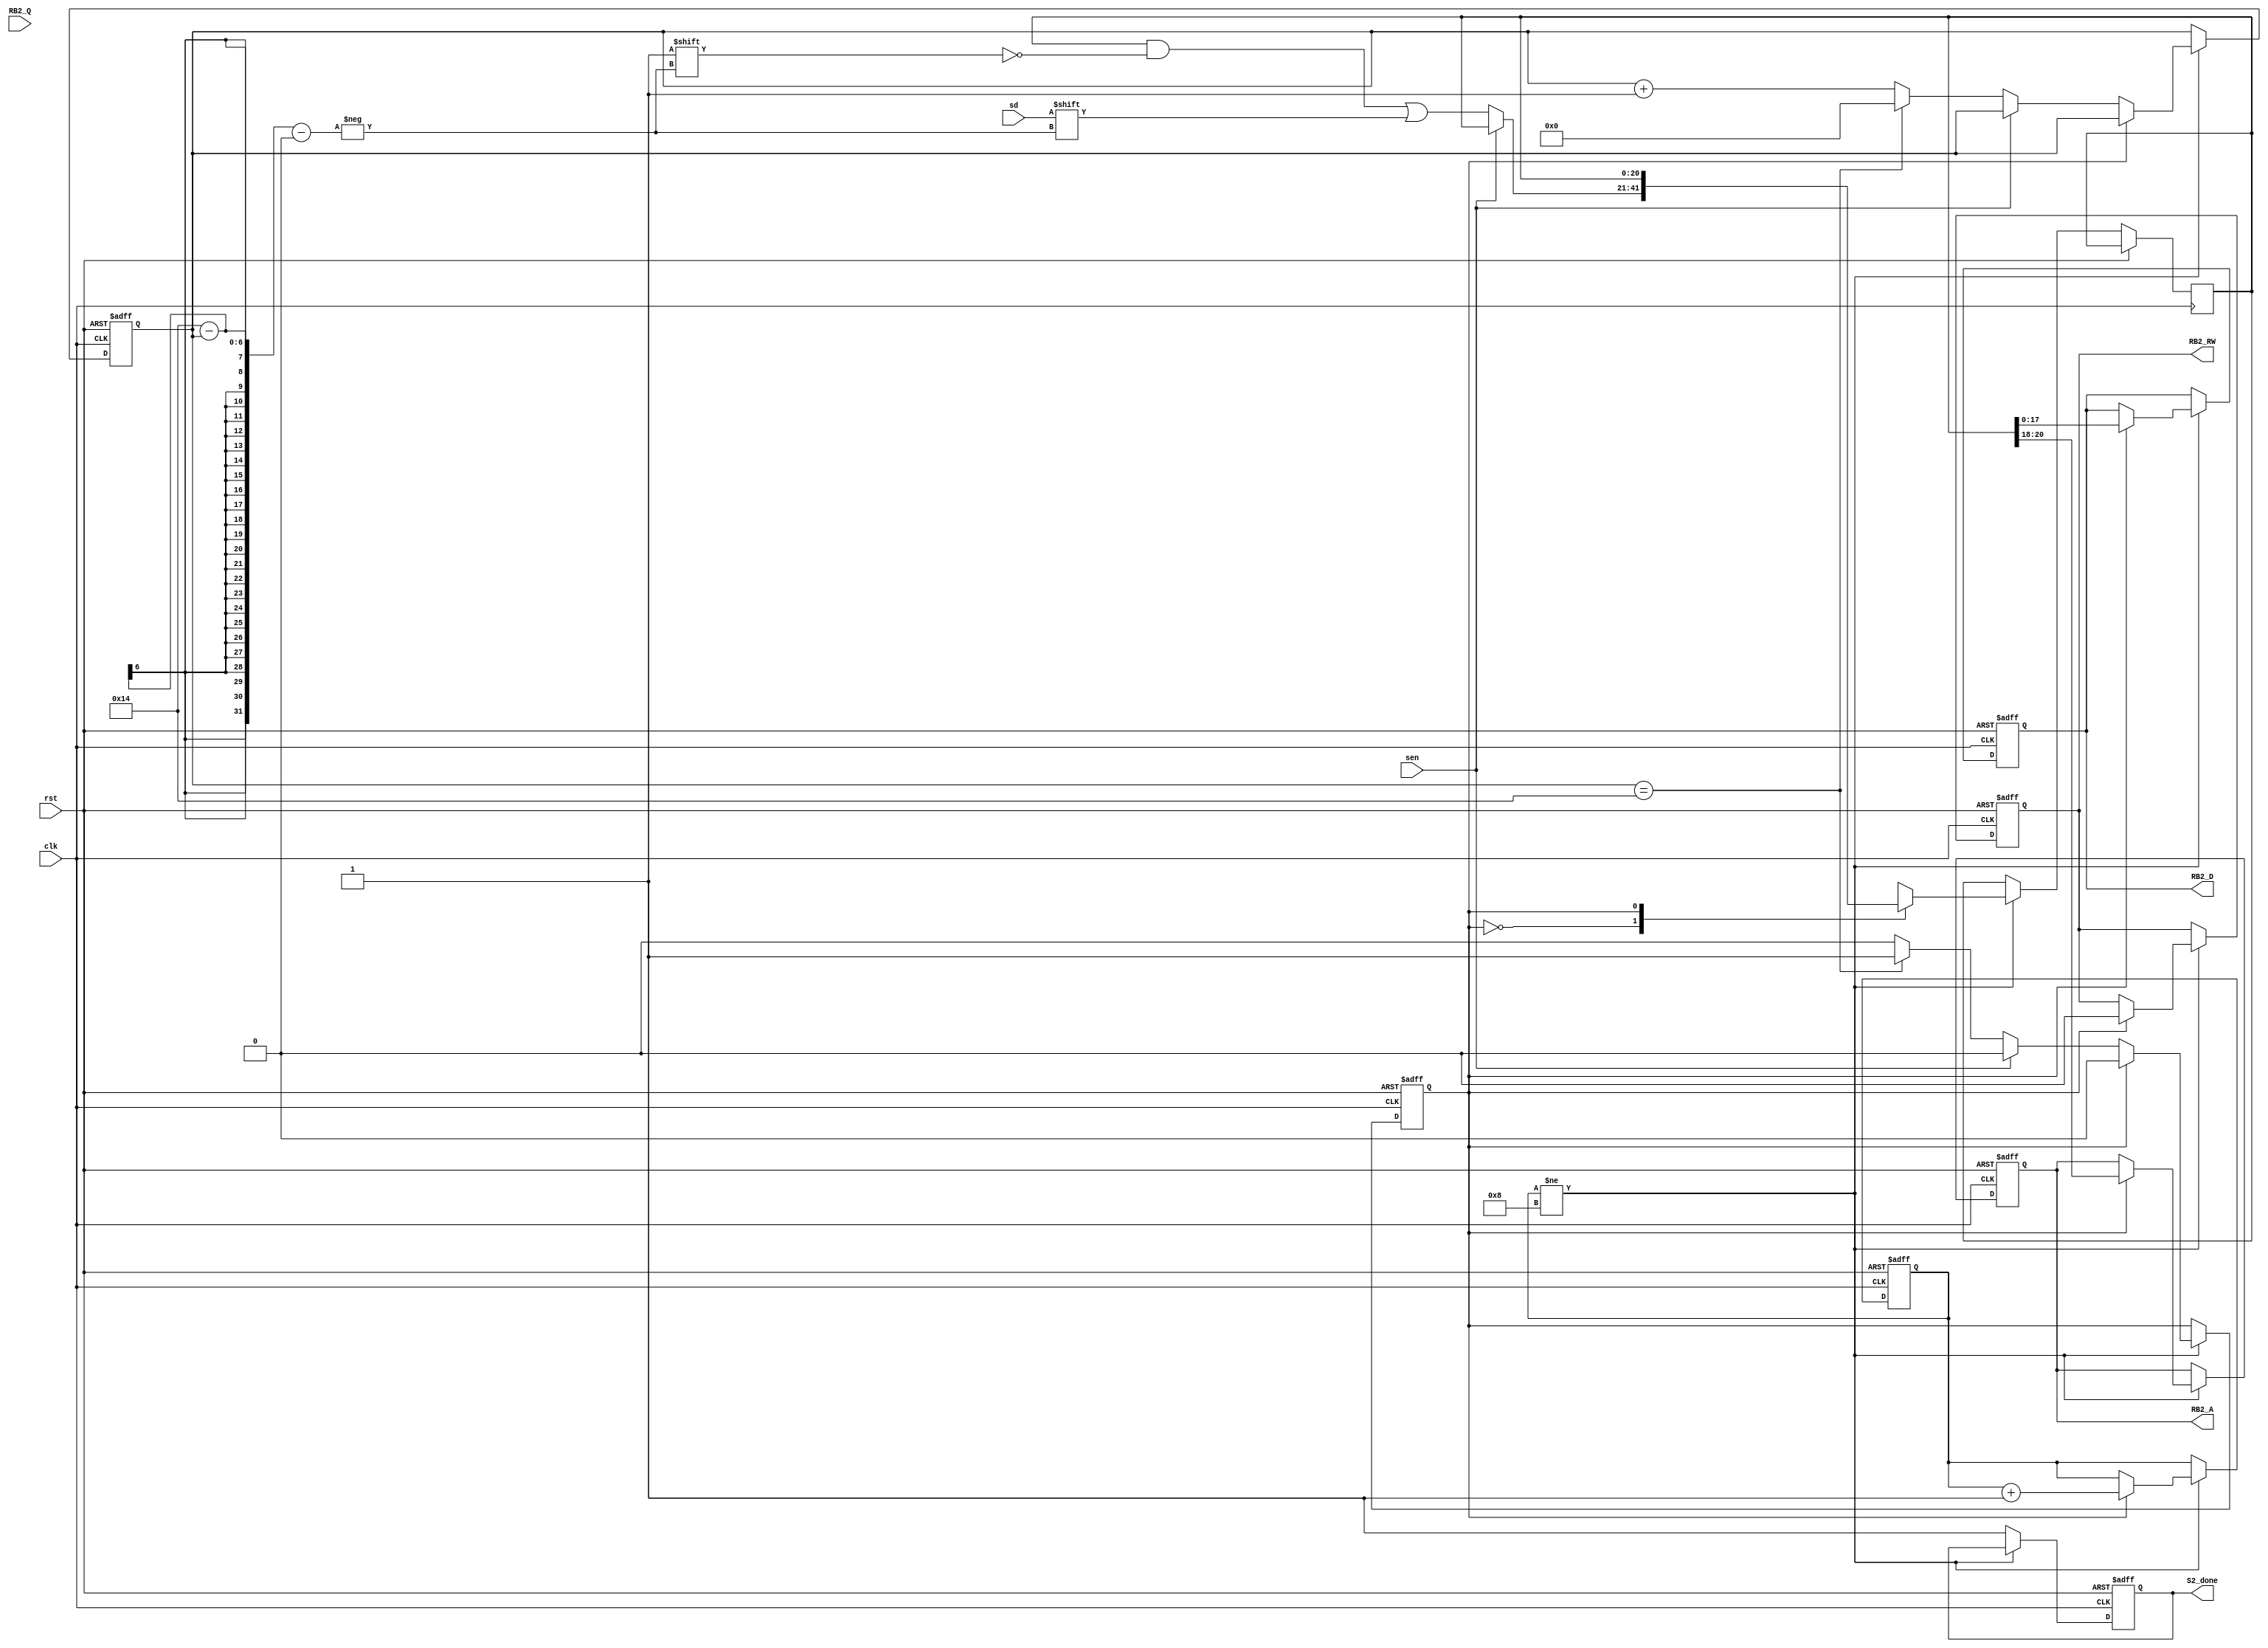
module S2(clk,
	  rst,
	  S2_done,
	  RB2_RW,
	  RB2_A,
	  RB2_D,
	  RB2_Q,
	  sen,
	  sd);

input clk, rst;
output reg S2_done, RB2_RW;
output reg [2:0] RB2_A;
output reg [17:0] RB2_D;
input [17:0] RB2_Q;
input sen, sd;
/****************************************************/
reg [20:0] RB2_reg;
reg state;
reg [5:0] i;
reg [3:0] j; //num of package

always@(posedge clk or posedge rst)
begin
	if(rst)begin
		RB2_RW<=1;
		RB2_A<=0;
		RB2_D<=0;
		state<=0;
		S2_done<=0;
		i<=0;
		j<=0;
	end
	else begin
		if(j!=8)begin
			case(state)
				0:	begin
						if(!sen)begin
							if(i==20)begin
								i<=0;
								state<=1;
							end
							else begin
								
								i<=i+1;
							end
							RB2_reg[20-i]<=sd;
						end
					end
				1:	begin
						RB2_RW<=0;
						RB2_A<=RB2_reg[20:18];
						RB2_D<=RB2_reg[17:0];
						j<=j+1;
						state<=0;
					end
			endcase
		end
		else begin
			S2_done<=1;
		end
				
	end
end

endmodule